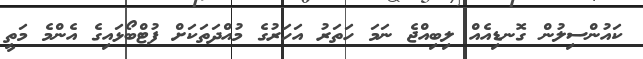
ކައުންސިލުން ގޮނޑިއެއް ލިބިއްޖެ ނަމަ ހަތަރު އަހަރުގެ މުއްދަތަކަށް ފުޓްބޯޅައިގެ އެންމެ މަތީ